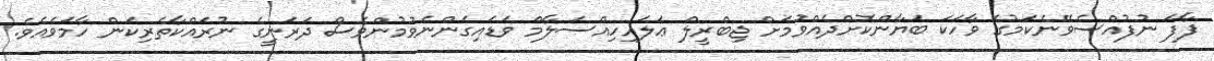
ފާފަ ނުފުއްސެވޭނެކަމުގެ ވާހަކަ ބަޔާންކޮށްދެއްވުމަށް ޖިބްރީލް ޢަލައިހިއްސަލާމް ވަޑައިގެންނެވުމުންވެސް ދަރަނީގެ ނުރައްކާތެރިކަން ހާމަވެއެވެ.